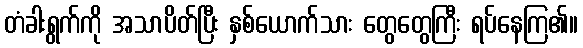
တံခါးရွက်ကို အသာပိတ်ပြီး နှစ်ယောက်သား တွေတွေကြီး ရပ်နေကြ၏။